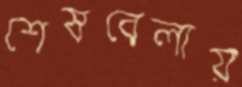
শেষবেলায়